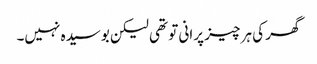
گھر کی ہر چیز پرانی تو تھی لیکن بوسیدہ نہیں۔